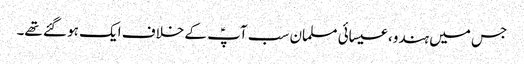
جس میں ہندو، عیسائی مسلمان سب آپؑ کے خلاف ایک ہو گئے تھے۔